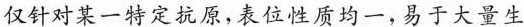
仅针对某一特定抗原,表位性质均一，易于大量生